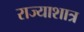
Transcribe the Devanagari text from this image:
राज्याशात्र